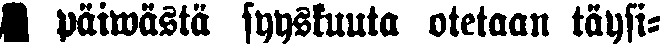
# päiwästä syyskuuta otetaan täysi-